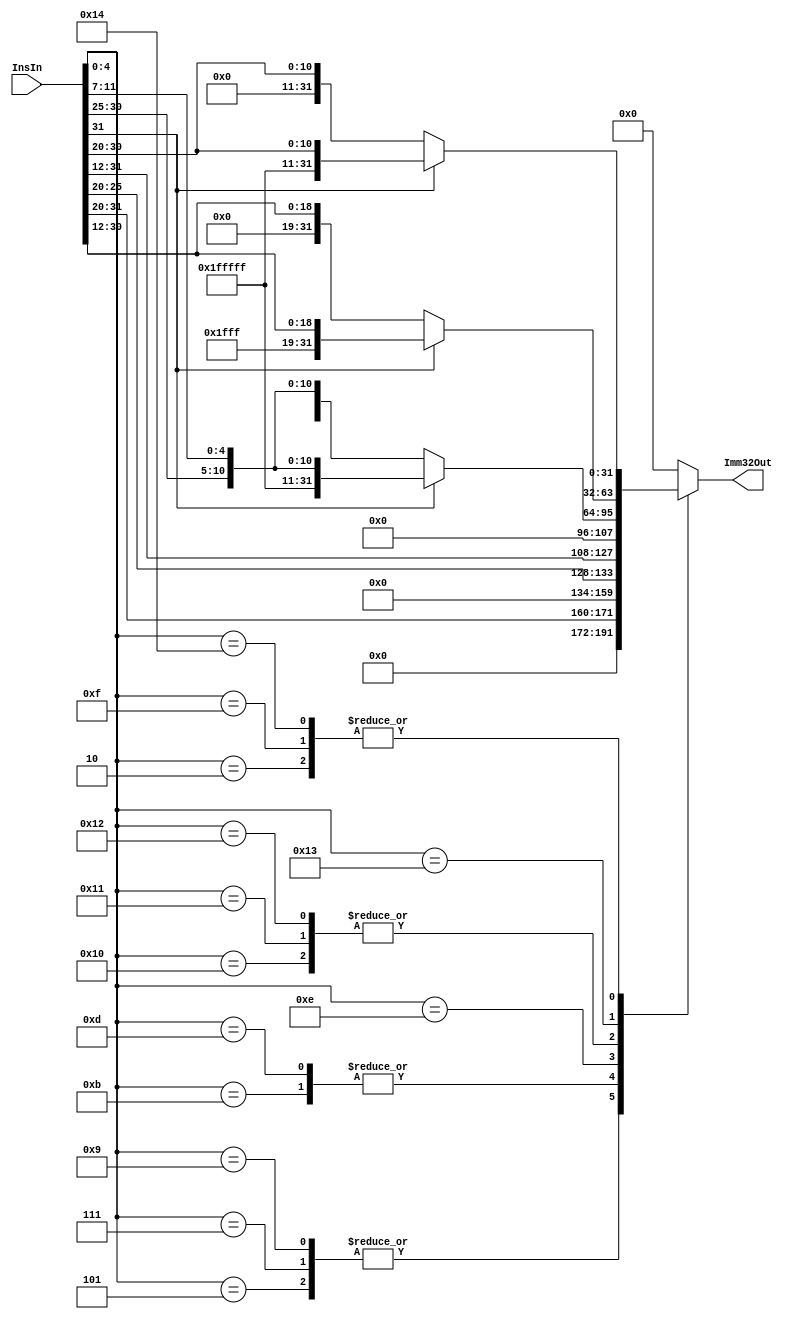
module ImmGen(InsIn,Imm32Out);
  input[31:0] InsIn;         //from IMem
  output reg[31:0] Imm32Out; //to PCPlusOffsetAdder,ALUMUX,DataMUX

  wire[4:0] opcode;
  assign opcode=InsIn[4:0];
  wire[4:0] imm5;
  assign imm5=InsIn[11:7];
  wire[5:0] imm6;
  assign imm6=InsIn[25:20];
  wire[6:0] imm7;
  assign imm7=InsIn[31:25];
  wire[11:0] imm12;
  assign imm12=InsIn[31:20];
  wire[19:0] imm20;
  assign imm20=InsIn[31:12];
  always @(InsIn) begin
    case (opcode)
      5'b00010: if (imm12[11]) Imm32Out<={20'hfffff,imm12[11:0]};
                else Imm32Out<={20'h00000,imm12[11:0]};
      5'b00101: Imm32Out<={20'h00000,imm12[11:0]};
      5'b00111: Imm32Out<={20'h00000,imm12[11:0]};
      5'b01001: Imm32Out<={20'h00000,imm12[11:0]};
      5'b01011: Imm32Out<={26'h0000000,imm6[5:0]};
      5'b01101: Imm32Out<={26'h0000000,imm6[5:0]};
      5'b01110: Imm32Out<={imm20,12'h000};
      5'b01111: if (imm12[11]) Imm32Out<={20'hfffff,imm12[11:0]};
                else Imm32Out<={20'h00000,imm12[11:0]};
      5'b10000: if (imm7[6]) Imm32Out<={20'hfffff,imm7[6:0],imm5[4:0]};
                else Imm32Out<={20'h00000,imm7[6:0],imm5[4:0]};
      5'b10001: if (imm7[6]) Imm32Out<={20'hfffff,imm7[6:0],imm5[4:0]};
                else Imm32Out<={20'h00000,imm7[6:0],imm5[4:0]};
      5'b10010: if (imm7[6]) Imm32Out<={20'hfffff,imm7[6:0],imm5[4:0]};
                else Imm32Out<={20'h00000,imm7[6:0],imm5[4:0]};
      5'b10011: if (imm20[19]) Imm32Out<={12'hfff,imm20[19:0]};
                else Imm32Out<={12'h000,imm20[19:0]};
      5'b10100: if (imm12[11]) Imm32Out<={20'hfffff,imm12[11:0]};
                else Imm32Out<={20'h00000,imm12[11:0]};
       default: Imm32Out<=32'h00000000;
    endcase
  end
endmodule